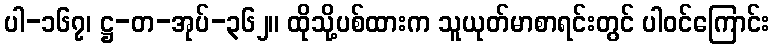
ပါ-၁၆၇၊ ဋ္ဌ-တ-အုပ်-၃၆၂။ ထိုသို့ပစ်ထားက သူယုတ်မာစာရင်းတွင် ပါဝင်ကြောင်း